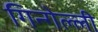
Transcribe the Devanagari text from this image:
गिन्गेल्ली